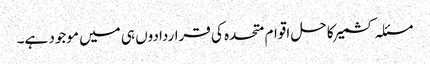
مسئلہ کشمیر کا حل اقوام متحدہ کی قراردادوں ہی میں موجود ہے۔